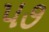
પ૭